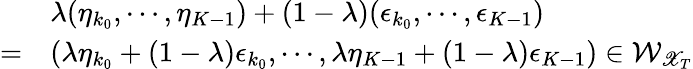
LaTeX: \begin{array}{rl}&{\lambda(\eta_{k_{0}},\cdots,\eta_{K-1})+(1-\lambda)(\epsilon_{k_{0}},\cdots,\epsilon_{K-1})}\\ {=}&{\left(\lambda\eta_{k_{0}}+(1-\lambda)\epsilon_{k_{0}},\cdots,\lambda\eta_{K-1}+(1-\lambda)\epsilon_{K-1}\right)\in\mathcal{W}_{\mathscr{X}_{T}}}\end{array}